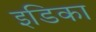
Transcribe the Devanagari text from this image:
इडिका